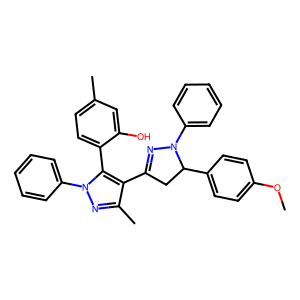
SMILES: COc1ccc(C2CC(c3c(C)nn(-c4ccccc4)c3-c3ccc(C)cc3O)=NN2c2ccccc2)cc1
Inhibits HIV replication: No